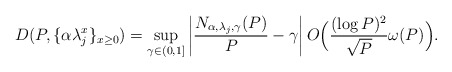
\begin{align*}D(P, \{\alpha \lambda_j^x\}_{x\geq 0} ) = \sup_{\gamma\in(0,1]} \left| \frac{N_{\alpha, \lambda_j, \gamma}(P)}{P}-\gamma\right| O\Big(\frac{(\log P)^2}{\sqrt{P}} \omega(P)\Big).\end{align*}